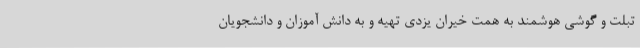
تبلت و گوشی هوشمند به همت خیران یزدی تهیه و به دانش آموزان و دانشجویان